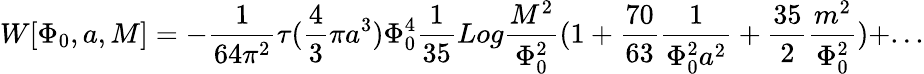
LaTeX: W[\Phi_{0},a,M]=-{\frac{1}{64\pi^{2}}}\tau({\frac{4}{3}}\pi a^{3})\Phi_{0}^{4}{\frac{1}{35}}Log{\frac{M^{2}}{\Phi_{0}^{2}}}(1+{\frac{70}{63}}{\frac{1}{\Phi_{0}^{2}a^{2}}}+{\frac{35}{2}}{\frac{m^{2}}{\Phi_{0}^{2}}})+...